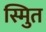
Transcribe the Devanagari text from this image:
स्मुित